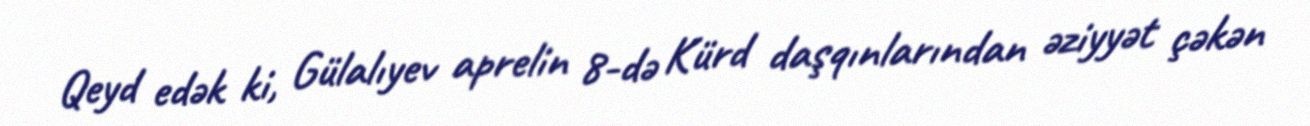
Qeyd edək ki, Gülalıyev aprelin 8-də Kürd daşqınlarından əziyyət çəkən